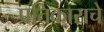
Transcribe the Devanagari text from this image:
प्रतिकाराचे